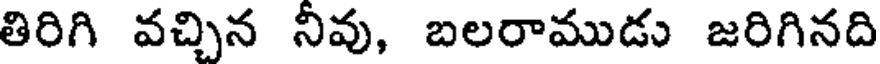
తిరిగి వచ్చిన నీవు, బలరాముడు జరిగినది